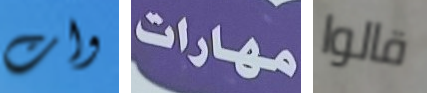
وات مهارات قالوا